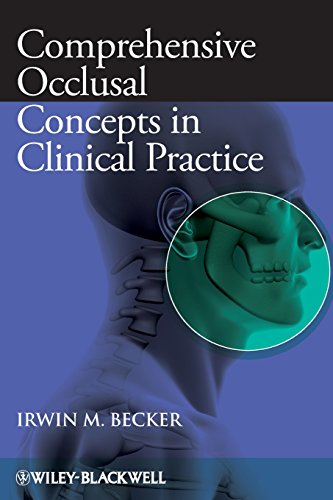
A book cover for Comprehensive Occlusal Concepts in Clinical Practice; Irwin M. Becker; Medical Books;